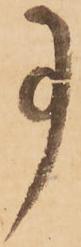
事